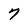
Character: 7